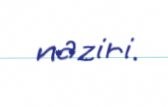
naziri.